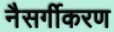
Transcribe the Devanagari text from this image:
नैसर्गीकरण